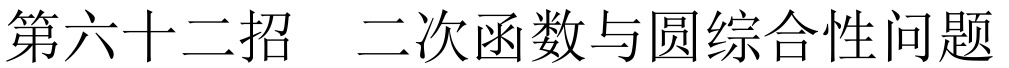
第六十二招  二次函数与圆综合性问题